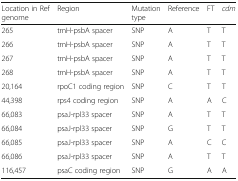
<table><thead><tr><td><b>Location in Ref genome</b></td><td><b>Region</b></td><td><b>Mutation type</b></td><td><b>Reference</b></td><td><b>FT</b></td><td><b><i>cdm</i></b></td></tr></thead><tbody><tr><td>265</td><td>trnH-psbA spacer</td><td>SNP</td><td>A</td><td>T</td><td>T</td></tr><tr><td>266</td><td>trnH-psbA spacer</td><td>SNP</td><td>A</td><td>T</td><td>T</td></tr><tr><td>267</td><td>trnH-psbA spacer</td><td>SNP</td><td>A</td><td>T</td><td>T</td></tr><tr><td>268</td><td>trnH-psbA spacer</td><td>SNP</td><td>A</td><td>T</td><td>T</td></tr><tr><td>20,164</td><td>rpoC1 coding region</td><td>SNP</td><td>C</td><td>T</td><td>T</td></tr><tr><td>44,398</td><td>rps4 coding region</td><td>SNP</td><td>A</td><td>A</td><td>C</td></tr><tr><td>66,083</td><td>psaJ-rpl33 spacer</td><td>SNP</td><td>A</td><td>T</td><td>T</td></tr><tr><td>66,084</td><td>psaJ-rpl33 spacer</td><td>SNP</td><td>G</td><td>T</td><td>T</td></tr><tr><td>66,085</td><td>psaJ-rpl33 spacer</td><td>SNP</td><td>A</td><td>C</td><td>C</td></tr><tr><td>66,086</td><td>psaJ-rpl33 spacer</td><td>SNP</td><td>A</td><td>T</td><td>T</td></tr><tr><td>116,457</td><td>psaC coding region</td><td>SNP</td><td>G</td><td>A</td><td>A</td></tr></tbody></table>